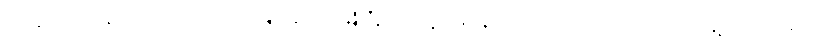
ကိုအောင်ရဲပြည့်က အံဩမိသည် 4720 ကူးသန်းရောင်းဝယ်သည့် ဆန့်ကျင့်ရေး